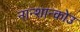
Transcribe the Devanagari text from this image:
नान्शान्कोउ